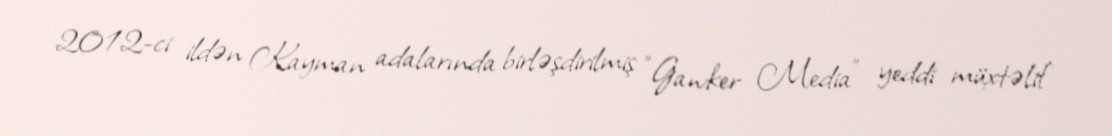
2012-ci ildən Kayman adalarında birləşdirilmiş "Gawker Media" yeddi müxtəlif